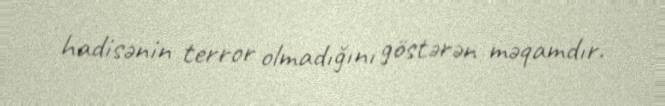
hadisənin terror olmadığını göstərən məqamdır.